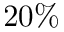
2 0 \%